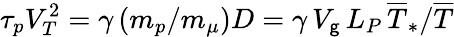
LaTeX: \tau_{p}V_{T}^{2}=\gamma\, (m_{p}/m_{\mu})D=\gamma\, V_{\mathsf{g}}\, L_{P}\, \overline{{{T}}}_{\ast}/\overline{{{T}}}